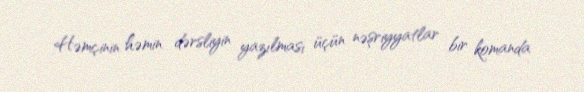
Həmçinin həmin dərsliyin yazılması üçün nəşriyyatlar bir komanda